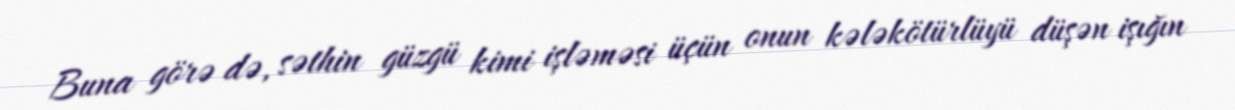
Buna görə də, səthin güzgü kimi işləməsi üçün onun kələkötürlüyü düşən işığın